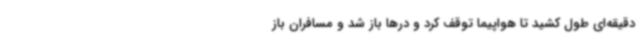
دقیقه‌ای طول کشید تا هواپیما توقف کرد و درها باز شد و مسافران باز